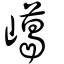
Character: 嶱